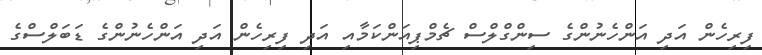
ފިރިހެން އަދި އަންހެނުންގެ ސިންގްލްސް ޗެމްޕިއަންކަމާއި އަދި ފިރިހެން އަދި އަންހެނުންގެ ޑަބަލްސްގެ